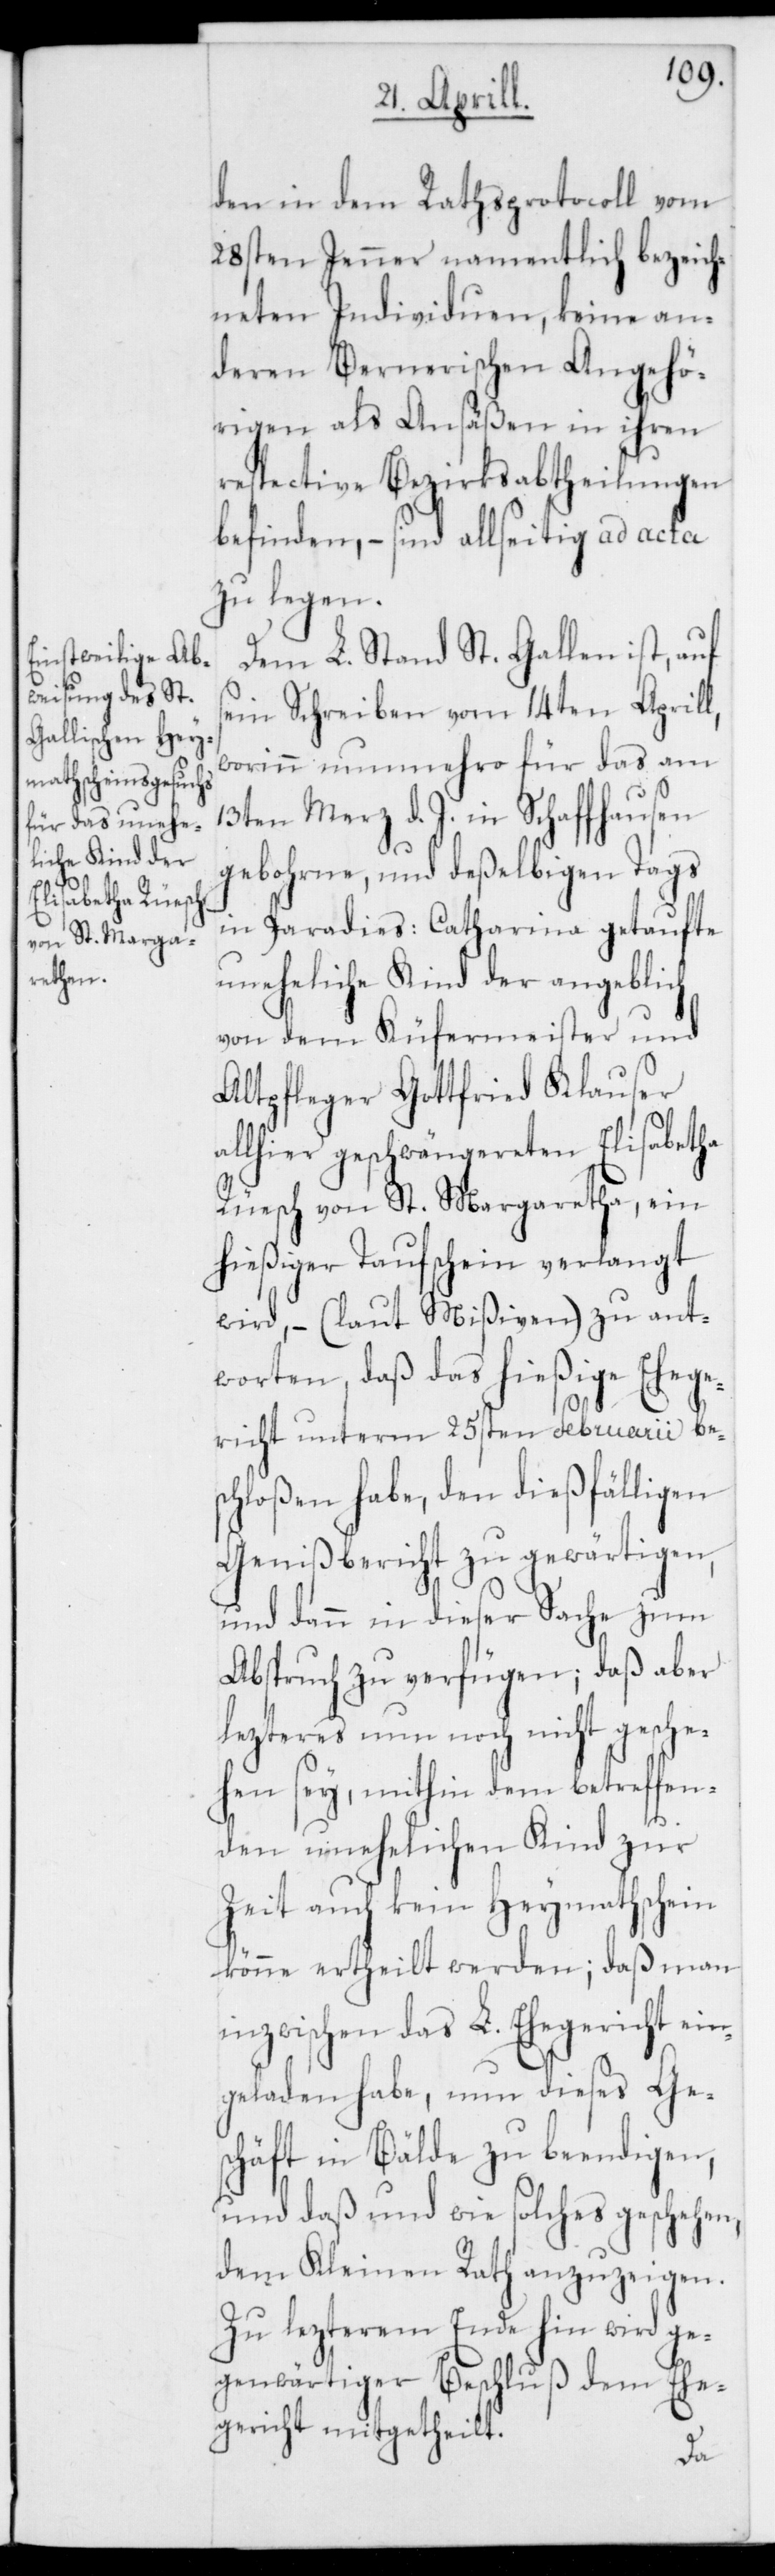
den in dem Rathsprotocoll vom
28sten Jenner namentlich bezeich¬
neten Individuen, keine an¬
deren Bernerischen Angehö¬
rigen als Ansäßen in ihren
respective Bezirksabtheilungen
befinden, – sind allseitig ad acta
zu legen.
Dem L. Stand St. Gallen ist auf
sein Schreiben vom 14ten Aprill,
worinn nunmehro für das am
13ten Merz d. J. in Schaffhausen
gebohrne, und selbigen Tags
in Paradies: Catharina getaufte
uneheliche Kind der angeblich
von dem Küfermeister und
Altpfleger Gottfried Klauser
allhier geschwängereten Elisabetha
Rüesch von St. Margrethen, ein
hießiger Taufschein verlangt
wird, – (laut Mißiven) zu ant¬
worten, daß das hießige Ehege¬
richt unterm 25sten Februarii be¬
schloßen habe, den dießfälligen
Genißbericht zu gewärtigen,
und dann in dieser Sache zum
Abspruch zu verfügen; daß aber
lezteres nun noch nicht gesche¬
hen sey, mithin dem betreffen¬
den unehelichen Kind zur
Zeit auch kein Heymathschein
könne ertheilt werden; daß man
inzwischen das L. Ehegericht ein¬
geladen habe, nun dieses Ges¬
chäft in Bälde zu beendigen,
und daß und wie solches geschehen,
dem Kleinen Rath anzuzeigen.
Zu lezterem Ende hin wird ge¬
genwärtiger Beschluß dem Ehe¬
gericht mitgetheilt.